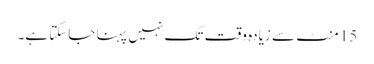
15 منٹ سے زیادہ وقت تک نہیں پہنا جاسکتا ہے۔